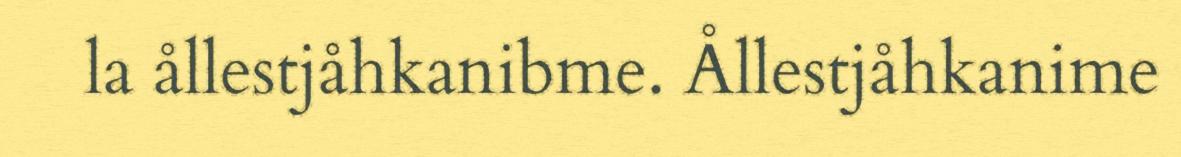
la ållestjåhkanibme. Ållestjåhkanime